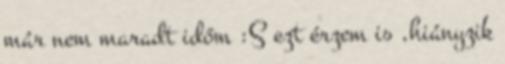
már nem maradt időm :S ezt érzem is ,hiányzik